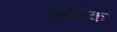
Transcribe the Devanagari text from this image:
कमांक